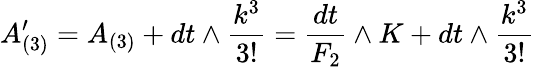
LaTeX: A_{(3)}^{\prime}=A_{(3)}+dt\wedge{\frac{k^{3}}{3!}}={\frac{dt}{F_{2}}}\wedge K+dt\wedge{\frac{k^{3}}{3!}}